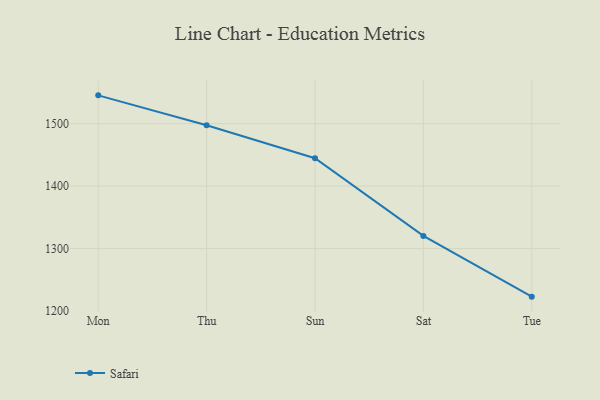
{"axis": {"x": "Day", "y": "Latency (ms)"}, "legend": ["Safari"], "data": [{"x": "Mon", "y": 1545.2, "type": "Safari"}, {"x": "Thu", "y": 1497.3, "type": "Safari"}, {"x": "Sun", "y": 1444.5, "type": "Safari"}, {"x": "Sat", "y": 1320.3, "type": "Safari"}, {"x": "Tue", "y": 1223.1, "type": "Safari"}]}